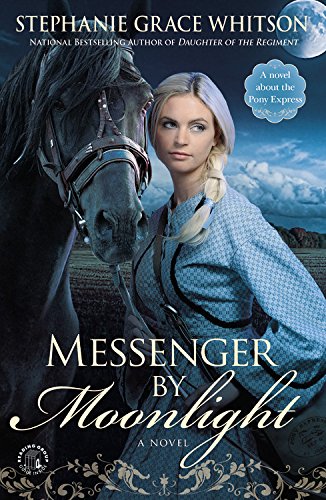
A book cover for Messenger by Moonlight: A Novel; Stephanie Grace Whitson; Romance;